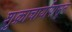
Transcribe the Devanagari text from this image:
शुक्राचार्यापासून